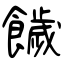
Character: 饖